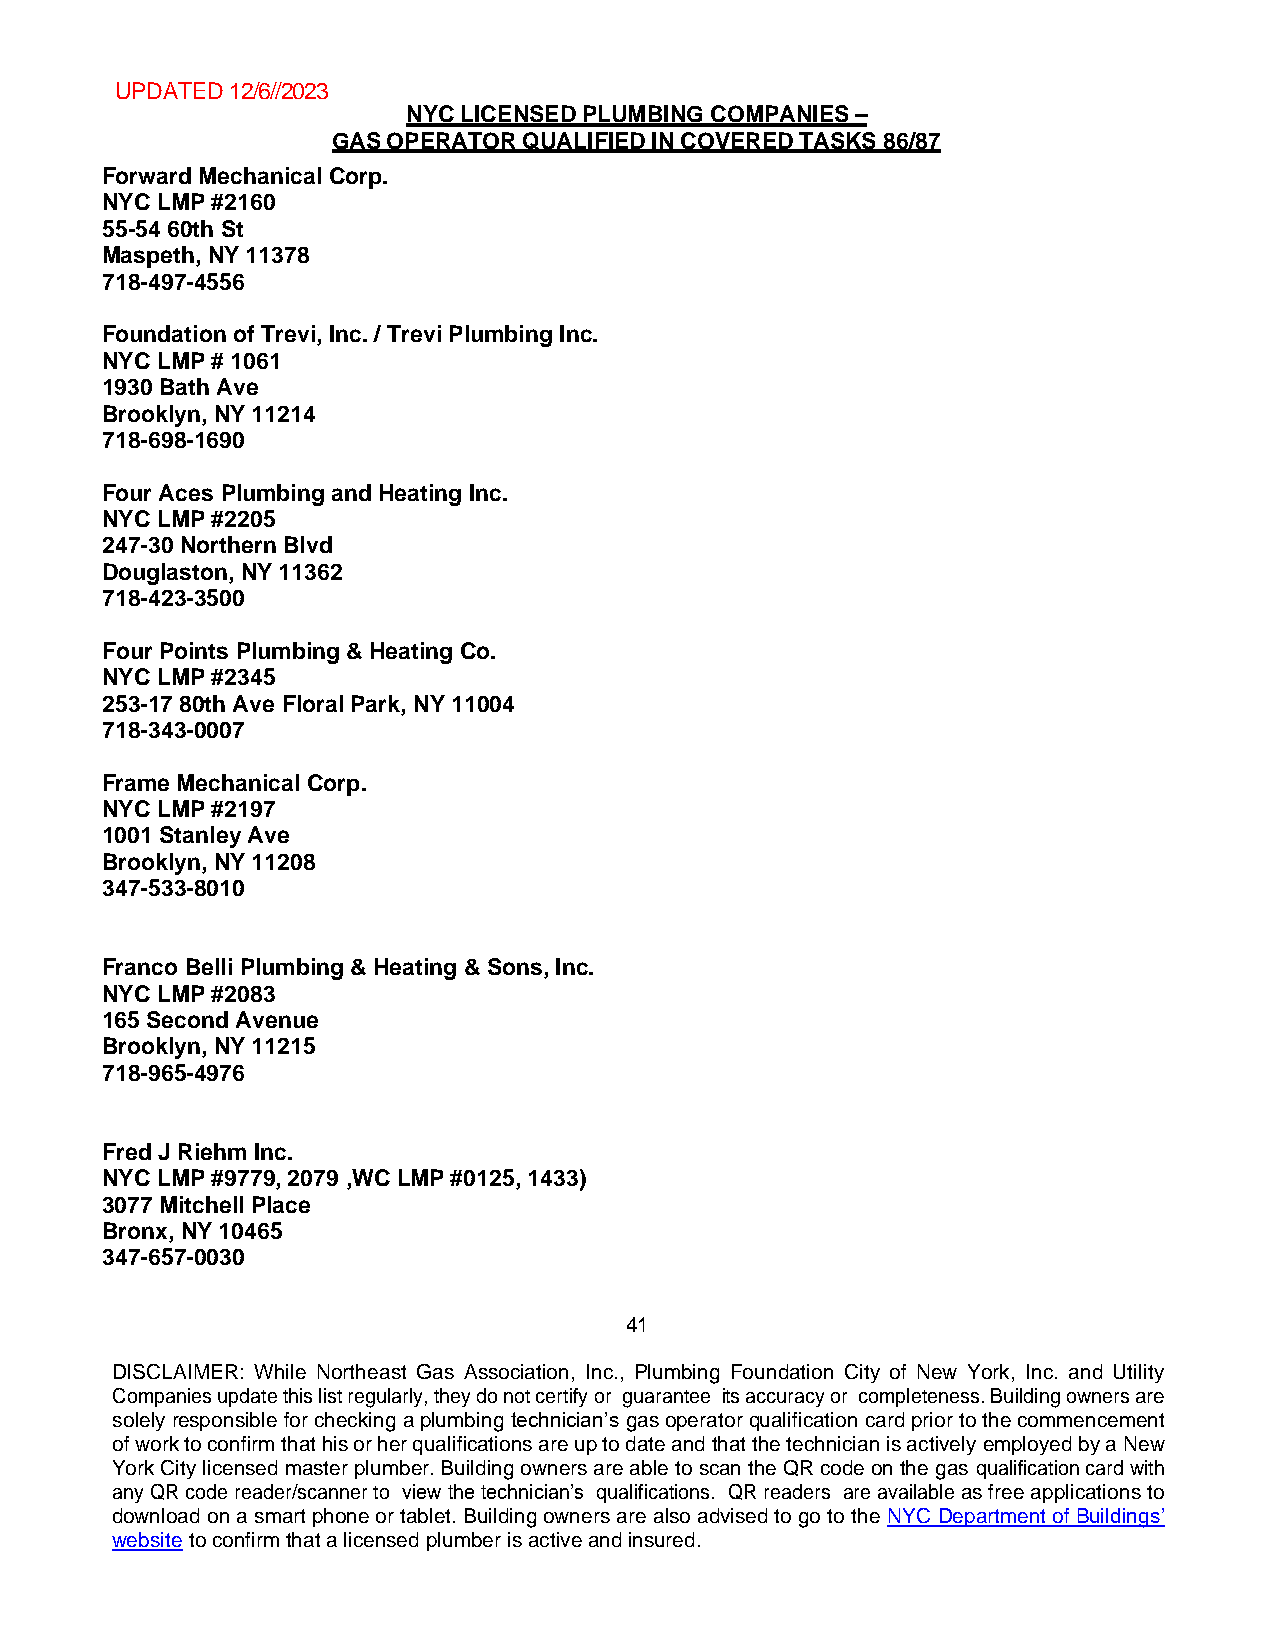
UPDATED 12/6//2023
 NYC LICENSED PLUMBING COMPANIES –
 GAS OPERATOR QUALIFIED IN COVERED TASKS 86/87
 Forward Mechanical Corp.
 NYC LMP #2160
 55-54 60th St
 Maspeth, NY 11378
 718-497-4556
 Foundation of Trevi, Inc. / Trevi Plumbing Inc.
 NYC LMP # 1061
 1930 Bath Ave
 Brooklyn, NY 11214
 718-698-1690
 Four Aces Plumbing and Heating Inc.
 NYC LMP #2205
 247-30 Northern Blvd
 Douglaston, NY 11362
 718-423-3500
 Four Points Plumbing & Heating Co.
 NYC LMP #2345
 253-17 80th Ave Floral Park, NY 11004
 718-343-0007
 Frame Mechanical Corp.
 NYC LMP #2197
 1001 Stanley Ave
 Brooklyn, NY 11208
 347-533-8010
 Franco Belli Plumbing & Heating & Sons, Inc.
 NYC LMP #2083
 165 Second Avenue
 Brooklyn, NY 11215
 718-965-4976
 Fred J Riehm Inc.
 NYC LMP #9779, 2079 ,WC LMP #0125, 1433)
 3077 Mitchell Place
 Bronx, NY 10465
 347-657-0030
 41
 DISCLAIMER: While Northeast Gas Association, Inc., Plumbing Foundation City of New York, Inc. and Utility
 Companies update this list regularly, they do not certify or guarantee its accuracy or completeness. Building owners are
 solely responsible for checking a plumbing technician’s gas operator qualification card prior to the commencement
 of work to confirm that his or her qualifications are up to date and that the technician is actively employed by a New
 York City licensed master plumber. Building owners are able to scan the QR code on the gas qualification card with
 any QR code reader/scanner to view the technician’s qualifications. QR readers are available as free applications to
 download on a smart phone or tablet. Building owners are also advised to go to the NYC Department of Buildings’
 website to confirm that a licensed plumber is active and insured.